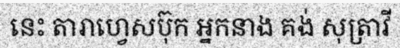
នេះ តារាហ្វេសប៊ុក អ្នកនាង គង់ សុត្រាវី